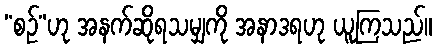
“စဉ်”ဟု အနက်ဆိုရသမျှကို အနာဒရဟု ယူကြသည်။